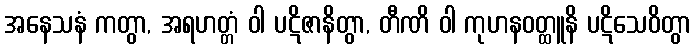
အနေသနံ ကတွာ, အရဟတ္တံ ဝါ ပဋိဇာနိတွာ, တီဏိ ဝါ ကုဟနဝတ္ထူနိ ပဋိသေဝိတွာ